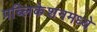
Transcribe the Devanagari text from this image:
पब्लिकेशनमध्ये